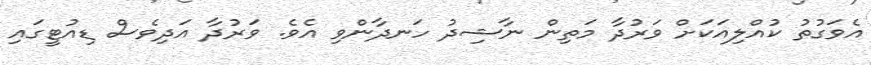
އެވަގުތު ކުއްލިއަކަށް ވަރުދާ މަތިން ނާޝިދު ހަނދާންވި އެވެ. ވަރުދާ އަދިވެސް ޑިއުޓީގައި